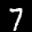
Label: 7